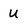
Character: U